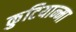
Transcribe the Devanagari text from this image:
कुटियान्मा